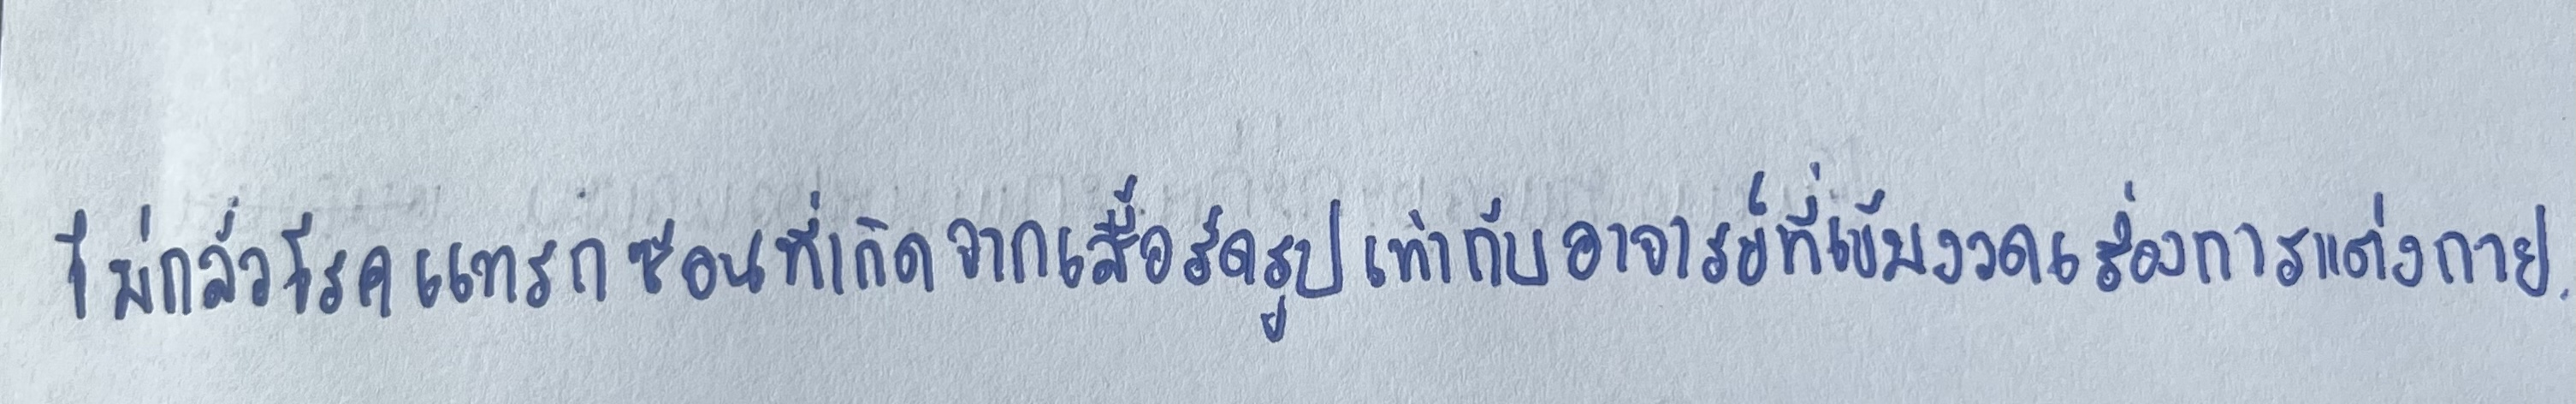
ไม่กลัวโรคแทรกซ้อนที่เกิดจากเสื้อรัดรูปเท่ากับอาจารย์ที่เข้มงวดเรื่องการแต่งกาย